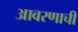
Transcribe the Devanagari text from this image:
आवरणाची